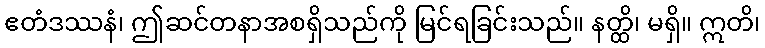
ဧတံဒဿနံ၊ ဤဆင်တနာအစရှိသည်ကို မြင်ရခြင်းသည်။ နတ္ထိ၊ မရှိ။ ဣတိ၊